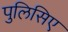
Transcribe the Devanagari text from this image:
पुलिसिए